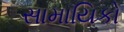
સામાયિકો